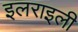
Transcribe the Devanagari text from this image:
इलराइली